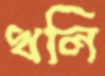
খলি